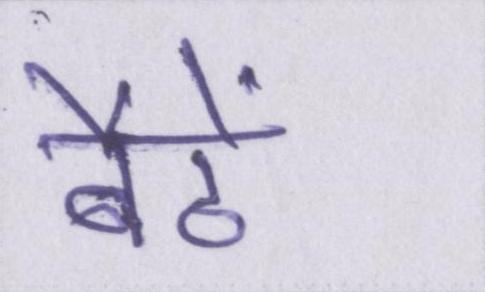
बैठें